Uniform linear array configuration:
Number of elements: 4
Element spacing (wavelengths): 0.75
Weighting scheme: exponential
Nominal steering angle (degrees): -15
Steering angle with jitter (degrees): -16.048
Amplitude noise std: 0.05
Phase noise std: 0.05

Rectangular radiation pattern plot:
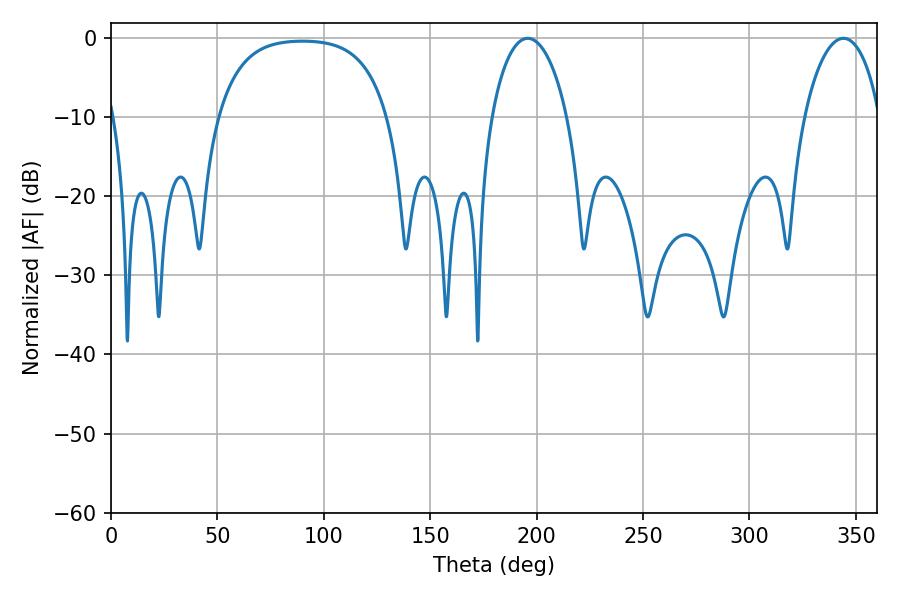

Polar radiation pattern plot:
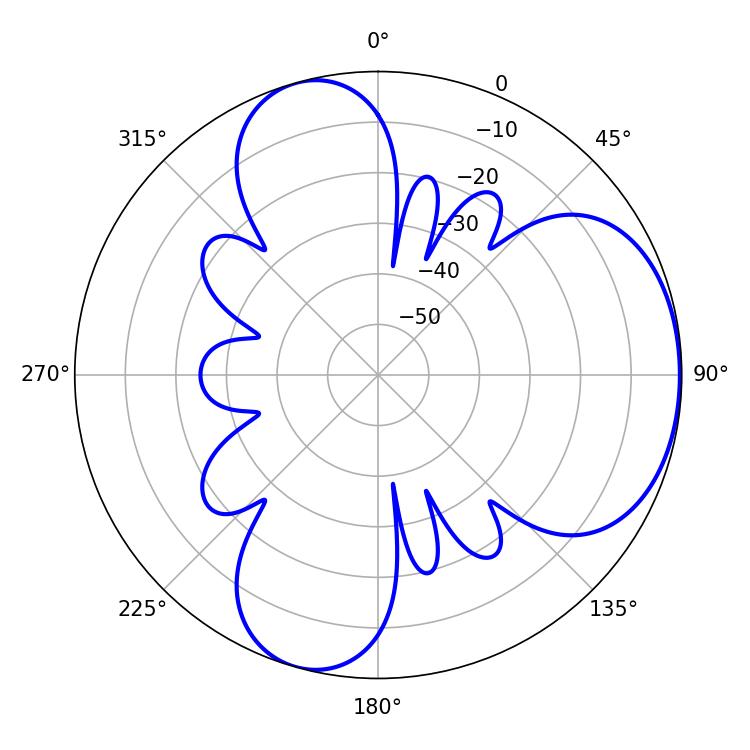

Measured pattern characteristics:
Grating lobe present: TRUE
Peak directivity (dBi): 5.014
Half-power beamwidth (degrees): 20.34
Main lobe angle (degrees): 195.84